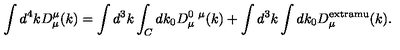
\int d ^ { 4 } k D _ { \mu } ^ { \mu } ( k ) = \int d ^ { 3 } k \int _ { C } d k _ { 0 } D _ { \mu } ^ { 0 \ \mu } ( k ) + \int d ^ { 3 } k \int d k _ { 0 } D _ { \mu } ^ { \mathrm { e x t r a m u } } ( k ) .